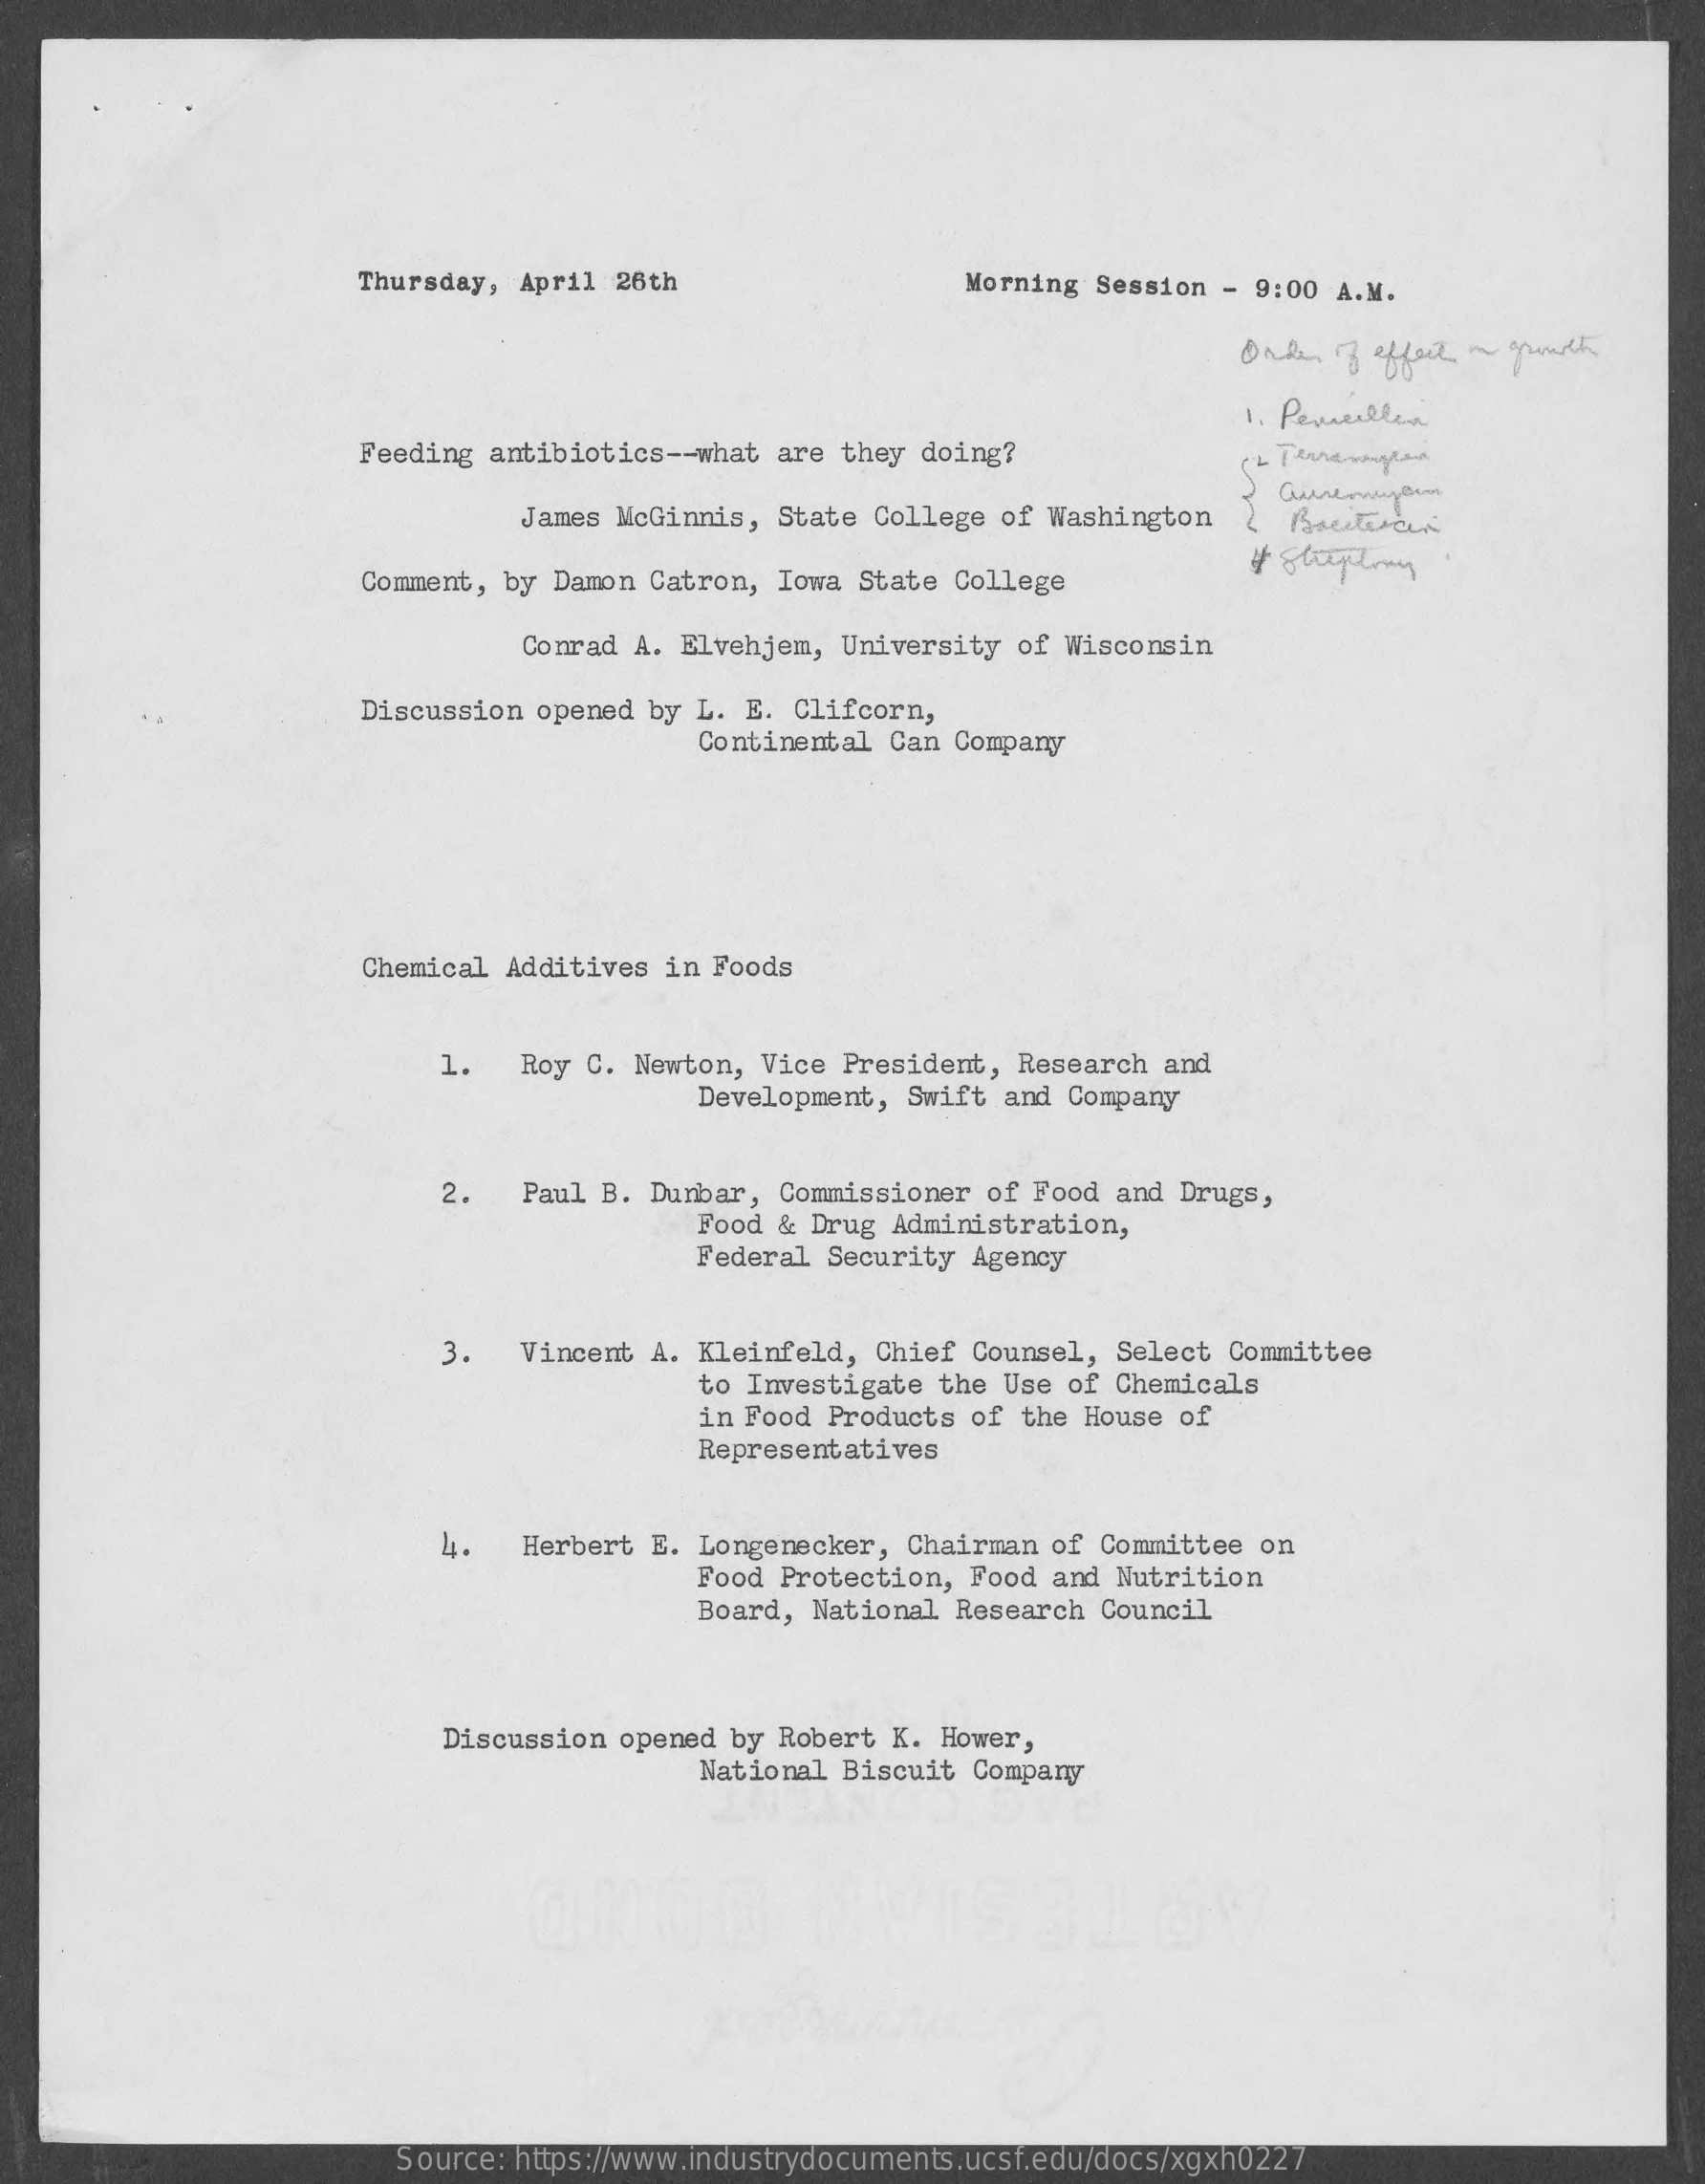
Thursday,  April 26th    Morning Session -  9:00 A.M.
     Order of effect on growth
     1. Penneallin
     Feeding antibiotics -- what are they doing?
     James McGinnis, State  College of Washington   2 Bacterien
     Comment, by Damon Catron,  Iowa State College
     Conrad A. Elvehjem,  University of Wisconsin
     Discussion opened by L. E. Clifcorn,
     Continental  Can Company
     Chemical Additives in Foods
     1.   Roy C. Newton, Vice  President, Research  and
     Development,  Swift and Company
     2.   Paul B. Dunbar, Commissioner  of Food and  Drugs,
     Food & Drug  Administration,
     Federal  Security Agency
     3.   Vincent A. Kleinfeld,  Chief Counsel,  Select Committee
     to Investigate  the Use of Chemicals
     in Food Products of the House  of
     Representatives
     4.   Herbert E. Longenecker,  Chairman of Committee  on
     Food Protection, Food and Nutrition
     Board, National Research Council
     Discussion opened by Robert  K. Hower,
     National Biscuit Company
     Source: https://www.industrydocuments.ucsf.edu/docs/xgxh0227